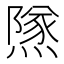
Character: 𨼾